Sketch of the medical history of the native army of Bombay, for the year
Year: 1876
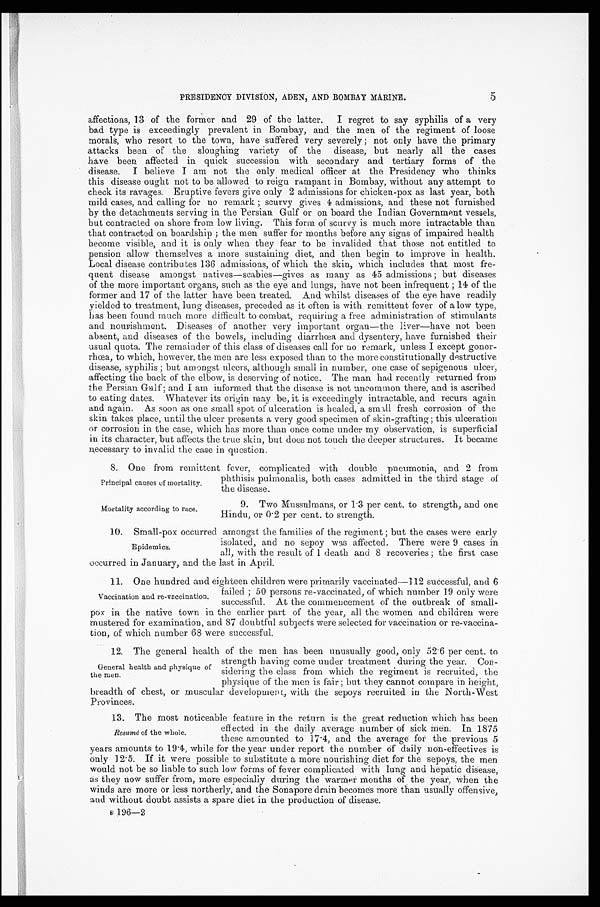
PRESIDENCY DIVISION, ADEN, AND BOMBAY MARINE.
5
affections, 13 of the former and 29 of the latter. I regret to say syphilis of a very
bad type is exceedingly prevalent in Bombay, and the men of the regiment of loose
morals, who resort to the town, have suffered very severely; not only have the primary
attacks been of the sloughing variety of the disease, but nearly all the cases
have been affected in quick succession with secondary and tertiary forms of the
disease. I believe I am not the only medical officer at the Presidency who thinks
this disease ought not to be allowed to reign rampant in Bombay, without any attempt to
check its ravages. Eruptive fevers give only 2 admissions for chicken-pox as last year, both
mild cases, and calling for no remark; scurvy gives 4 admissions, and these not furnished
by the detachments serving in the Persian Gulf or on board the Indian Government vessels,
but contracted on shore from low living. This form of scurvy is much more intractable than
that contracted on boardship; the men suffer for months before any signs of impaired health
become visible, and it is only when they fear to be invalided that those not entitled to
pension allow themselves a more sustaining diet, and then begin to improve in health.
Local disease contribu tes 136 admissions, of which the skin, which includes that most fre
-quent disease amongst natives—scabies—gives as many as 45 admissions; but diseases
of the more important organs, such as the eye and lungs, have not been infrequent; 14 of the
former and 17 of the latter have been treated. And whilst diseases of the eye have readily
yielded to treatment, lung diseases, preceded as it often is with remittent fever of a low type,
has been found much more difficult to combat, requiring a free administration of stimulants
and nourishment. Diseases of another very important organ—the liver—have not been
absent, and diseases of the bowels, including diarrhœa and dysentery, have furnished their
usual quota. The remainder of this class of diseases call for no remark, unless I except gonor
-rhœa, to which, however, the men are less exposed than to the more constitutionally destructive
disease, syphilis; but amongst ulcers, although small in number, one case of sepigenous ulcer,
affecting the back of the elbow, is deserving of notice. The man had recently returned from
the Persian Gulf; and I am informed that the disease is not uncommon there, and is ascribed
to eating dates. Whatever its origin may be, it is exceedingly intractable, and recurs again
and again. As soon as one small spot of ulceration is healed, a small fresh corrosion of the
skin takes place, until the ulcer presents a very good specimen of skin-grafting; this ulceration
or corrosion in the case, which has more than once come under my observation, is superficial
in its character, but affects the true skin, but doec not touch the deeper structures. It became
necessary to invalid the case in question.
8. One from remittent fever, complicated with double pneumonia, and 2 from
phthisis pulmonalis, both cases admitted in the third stage of
the disease.
Principal causes of mortality.
Mortality according to race.
9. Two Mussulmans, or 1.3 per cent to strength, and. one
Hindu, or 0.2 per cent to strength.
1 0 . S m a l l - p o x o c c u r r e d a m o n g s t t h e f a m i l i e s o f t h e r e g i m e n t ; b u t t h e c a s e s w e r e e a r l y
isolated, and no sepoy was affected. There were 9 cases in
all, with the result of 1 death and 8 recoveries; the first case
occurred in January, and the last in April.
11. One hundred and eighteen children were primarily vaccinated—112 successful, and 6
failed; 50 persons re-vaccinated, of which number 19 only were
successful. At the commencement of the outbreak of small
- p o x i n t h e n a t i v e t o w n i n t h e e a r l i e r p a r t o f t h e y e a r , a l l t h e w o m e n a n d c h i l d r e n w e r e
mustered for examination, and 87 doubtful subjects were selected for vaccination or re-vaccina
- t i o n , o f w h i c h n u m b e r 6 8 w e r e s u c c e s s f u l .
12. The general health of the men has been unusually good, only 52.6 per cent to
strength having come under treatment during the year. Con
-sidering the class from which the regiment is recruited, the
physique of the men is fair; but they cannot compare in height,
breadth of chest, or muscular development, with the sepoys recruited in the North-West
Provinces.
13. The most noticeable feature in the return is the great reduction which has been
effected in the daily average number of sick men. In 1875
these amounted to 17.4, and the average for the previous 5
years amounts to 194, while for the year under report the number Of daily non-effectives is
only 12.5. If it were possible to substitute a more nourishing diet for the sepoys, the men
would not be so liable to such low forms of fever complicated with lung and hepatic disease,
as they now suffer from, more especially during the warmer months of the year, when the
Winds are more or less northerly, and the Sonapore drain becomes more than usually offensive,
and without doubt assists a spare diet in the production of disease.
B 1 9 6 —2
Epidemics.
Vaccination and re-vaccination.
General health and physique of
the men.
Resumé of the whole.